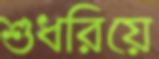
শুধরিয়ে